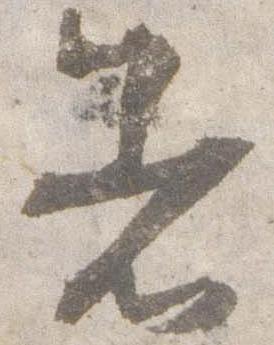
着